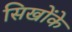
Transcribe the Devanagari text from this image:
सिखोंके